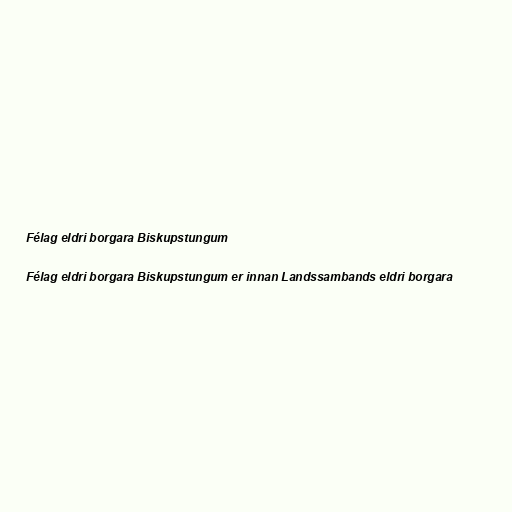
Félag eldri borgara Biskupstungum

Félag eldri borgara Biskupstungum er innan Landssambands eldri borgara